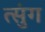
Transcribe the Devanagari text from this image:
त्सुंग